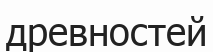
древностей